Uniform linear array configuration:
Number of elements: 12
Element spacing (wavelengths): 1
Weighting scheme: binomial
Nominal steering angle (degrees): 30
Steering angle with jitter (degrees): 29.668
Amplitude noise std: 0.05
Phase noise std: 0.05

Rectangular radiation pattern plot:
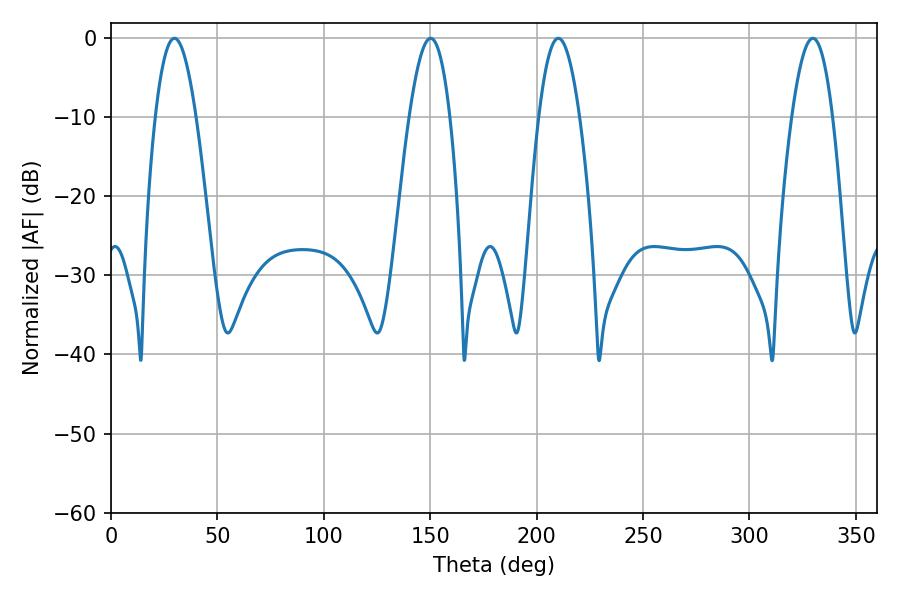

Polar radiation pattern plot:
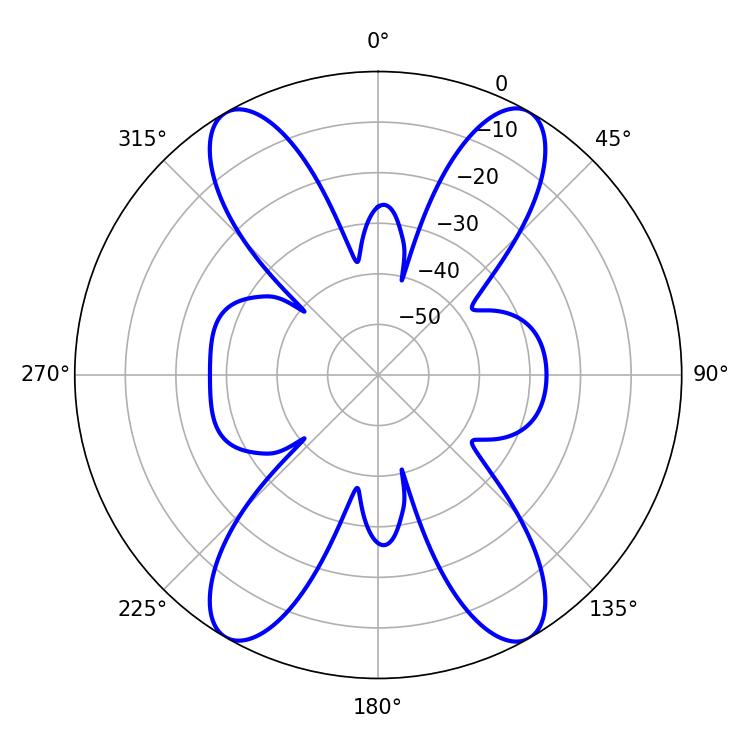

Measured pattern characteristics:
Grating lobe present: TRUE
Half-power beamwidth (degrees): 10.44
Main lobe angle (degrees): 210.24